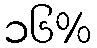
၁၆%